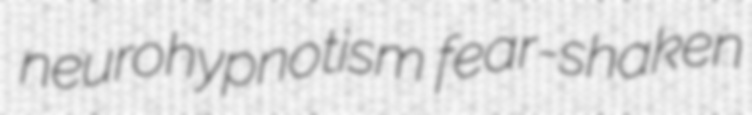
neurohypnotism fear-shaken